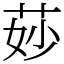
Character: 𦯷